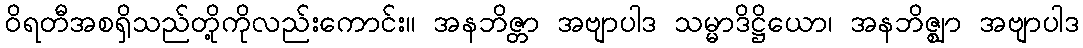
ဝိရတီအစရှိသည်တို့ကိုလည်းကောင်း။ အနဘိဇ္တာ အဗျာပါဒ သမ္မာဒိဋ္ဌိယော၊ အနဘိဇ္ဈာ အဗျာပါဒ